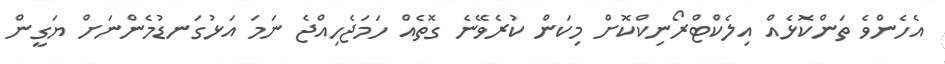
އެހެންވެ ތަންކޮޅެއް އިލެކްޓްރޯނިކްކޮށް މިކަން ކުރެވޭނެ ގޮތެއް ހަމަޖެހިއްޖެ ނަަމަ އަޅުގަނޑުމެންނަށް ޔަގީން